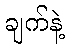
ချက်နဲ့